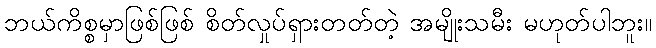
ဘယ်ကိစ္စမှာဖြစ်ဖြစ် စိတ်လှုပ်ရှားတတ်တဲ့ အမျိုးသမီး မဟုတ်ပါဘူး။